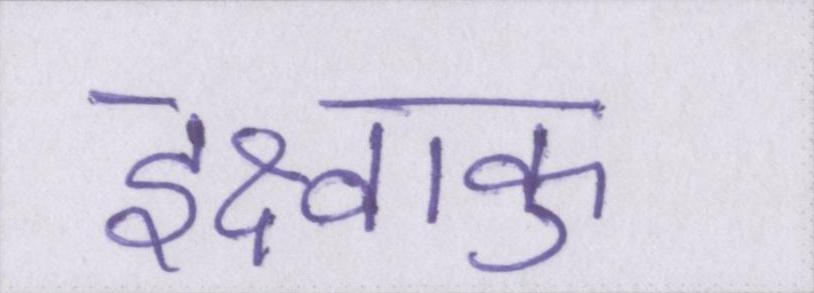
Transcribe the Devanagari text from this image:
इक्ष्वाकु